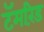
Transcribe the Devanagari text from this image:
टॅमरिंड